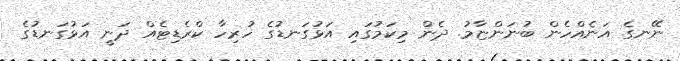
ނޭނގެ އަނެއްހެން ބުނަންޏާމު. ދެން މިކަމުގައި އަޅުގަނޑުގެ ހުރިހާ ކްރެޑިޓެއް ދަނީ އަޅުގަނޑުގެ